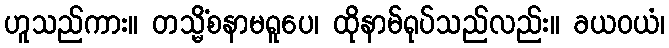
ဟူသည်ကား။ တသ္မိံစနာမရူပေ၊ ထိုနာမ်ရုပ်သည်လည်း။ ခယဝယံ၊